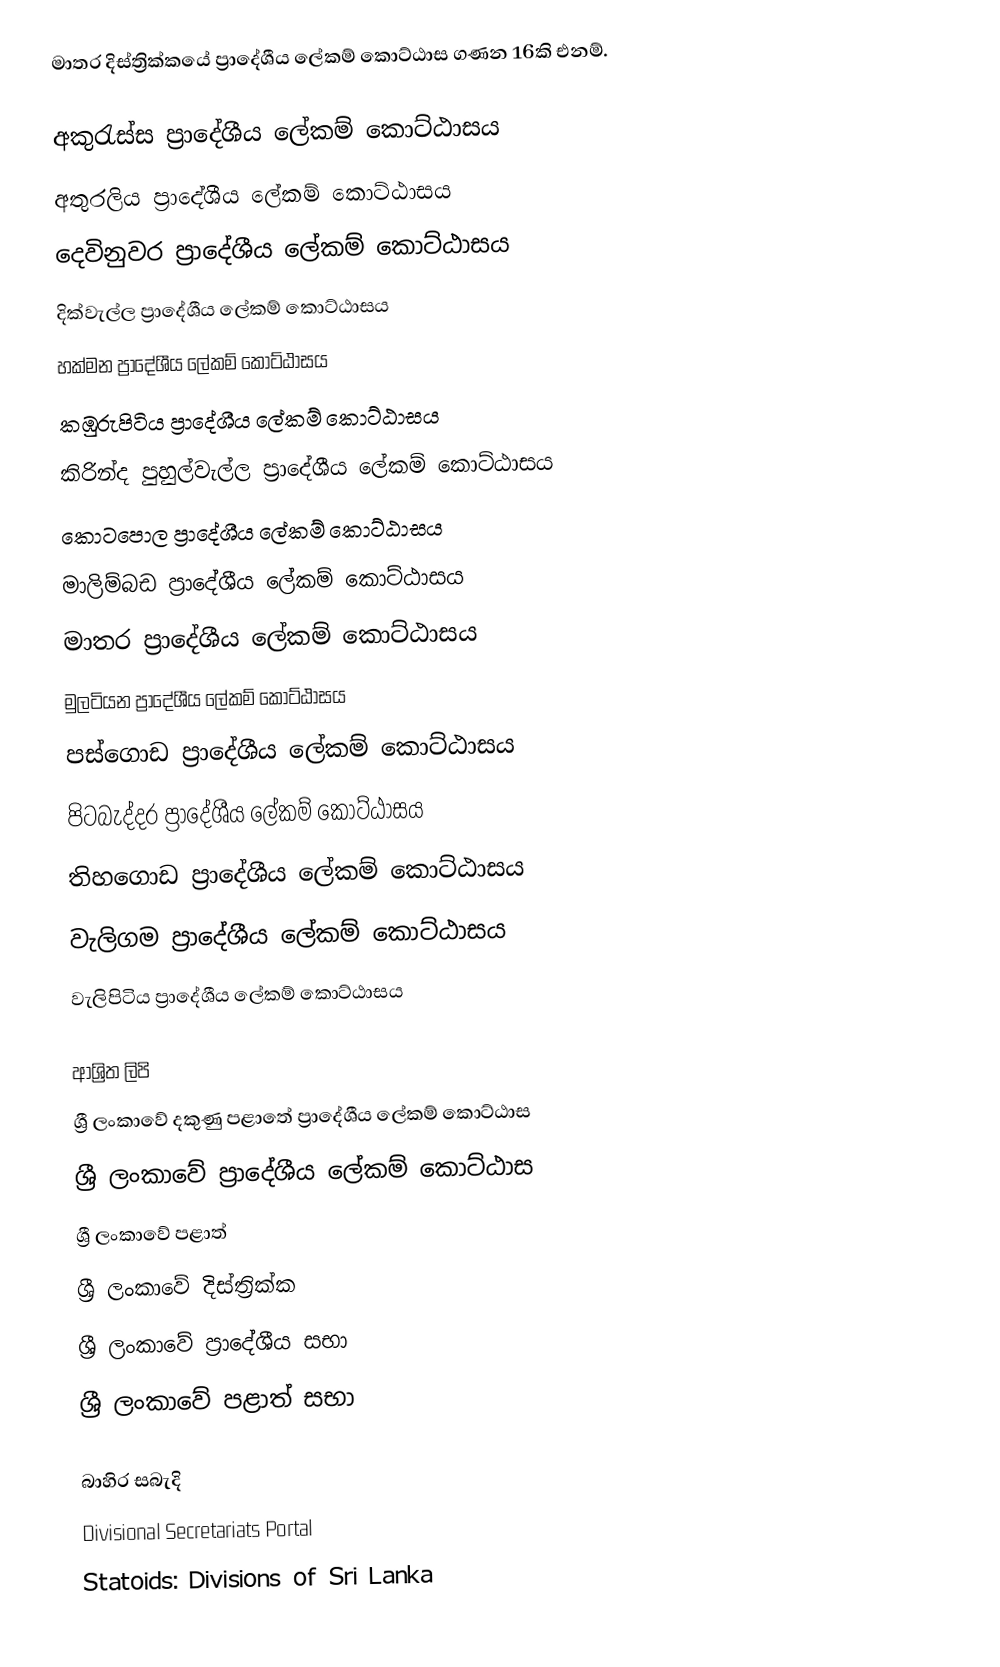
මාතර දිස්ත්‍රික්කයේ ප්‍රාදේශීය ලේකම් කොට්ඨාස ගණන 16කි එනම්.

 අකුරැස්ස ප්‍රාදේශීය ලේකම් කොට්ඨාසය
 අතුරලිය ප්‍රාදේශීය ලේකම් කොට්ඨාසය
 දෙවිනුවර ප්‍රාදේශීය ලේකම් කොට්ඨාසය
 දික්වැල්ල ප්‍රාදේශීය ලේකම් කොට්ඨාසය
 හක්මන ප්‍රාදේශීය ලේකම් කොට්ඨාසය
 කඹුරුපිටිය ප්‍රාදේශීය ලේකම් කොට්ඨාසය
 කිරින්ද පුහුල්වැල්ල ප්‍රාදේශීය ලේකම් කොට්ඨාසය
 කොටපොල ප්‍රාදේශීය ලේකම් කොට්ඨාසය
 මාලිම්බඩ ප්‍රාදේශීය ලේකම් කොට්ඨාසය
 මාතර ප්‍රාදේශීය ලේකම් කොට්ඨාසය
 මුලටියන ප්‍රාදේශීය ලේකම් කොට්ඨාසය
 පස්ගොඩ ප්‍රාදේශීය ලේකම් කොට්ඨාසය
 පිටබැද්දර ප්‍රාදේශීය ලේකම් කොට්ඨාසය
 තිහගොඩ ප්‍රාදේශීය ලේකම් කොට්ඨාසය
 වැලිගම ප්‍රාදේශීය ලේකම් කොට්ඨාසය
 වැලිපිටිය ප්‍රාදේශීය ලේකම් කොට්ඨාසය

ආශ්‍රිත ලිපි
 ශ්‍රී ලංකාවේ දකුණු පළාතේ ප්‍රාදේශීය ලේකම් කොට්ඨාස
 ශ්‍රී ලංකාවේ ප්‍රාදේශීය ලේකම් කොට්ඨාස
 ශ්‍රී ලංකාවේ පළාත්
 ශ්‍රී ලංකාවේ දිස්ත්‍රික්ක
 ශ්‍රී ලංකාවේ ප්‍රාදේශීය සභා
 ශ්‍රී ලංකාවේ පළාත් සභා

බාහිර සබැදි
 Divisional Secretariats Portal
 Statoids: Divisions of Sri Lanka